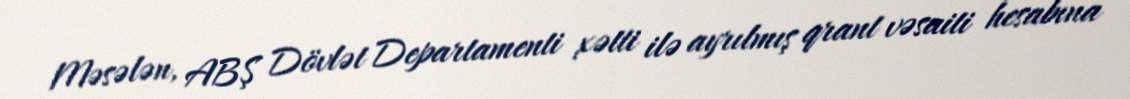
Məsələn, ABŞ Dövlət Departamenti xətti ilə ayrılmış qrant vəsaiti hesabına